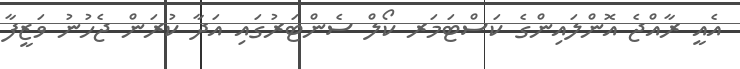
އެއީ ރާއްޖެ އޮންލައިންގެ ކަސްޓަމަރ ކޯލް ސެންޓަރުގައި އަދާ ކުރަން ޖެހުނު ވަޒީފާ